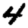
Digit: 4